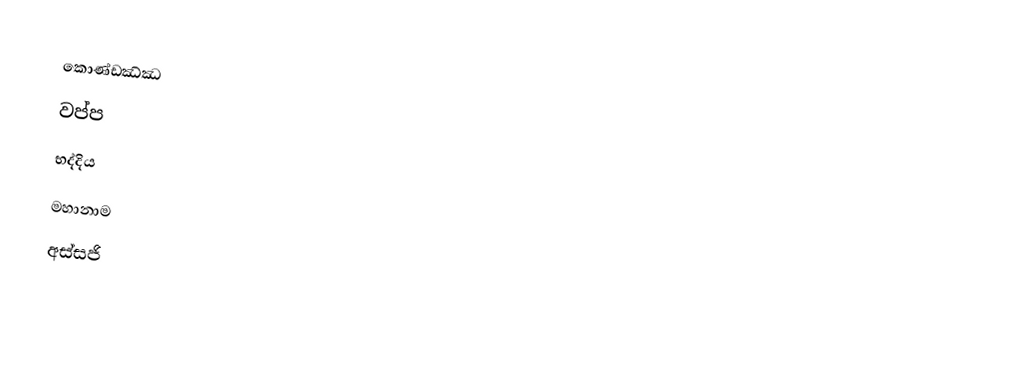
කොණ්ඩඣ්ඣ
වප්ප
භද්දිය
මහානාම
අස්සජි